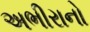
અભીરાનો